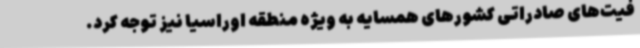
فیت‌های صادراتی کشورهای همسایه به ویژه منطقه اوراسیا نیز توجه کرد.